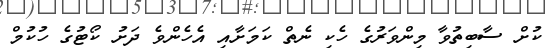
ކުށް ސާބިތުވާ މިންވަރުގެ ހެކި ނެތް ކަމަށާއި އެހެންވެ ދަށު ކޯޓުގެ ހުކުމް